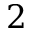
2